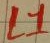
Text: L1